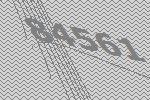
84561